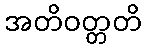
အတိဝတ္တတိ